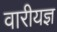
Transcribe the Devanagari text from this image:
वारीयज्ञ